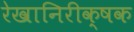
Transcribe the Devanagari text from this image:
रेखानिरीक्षक